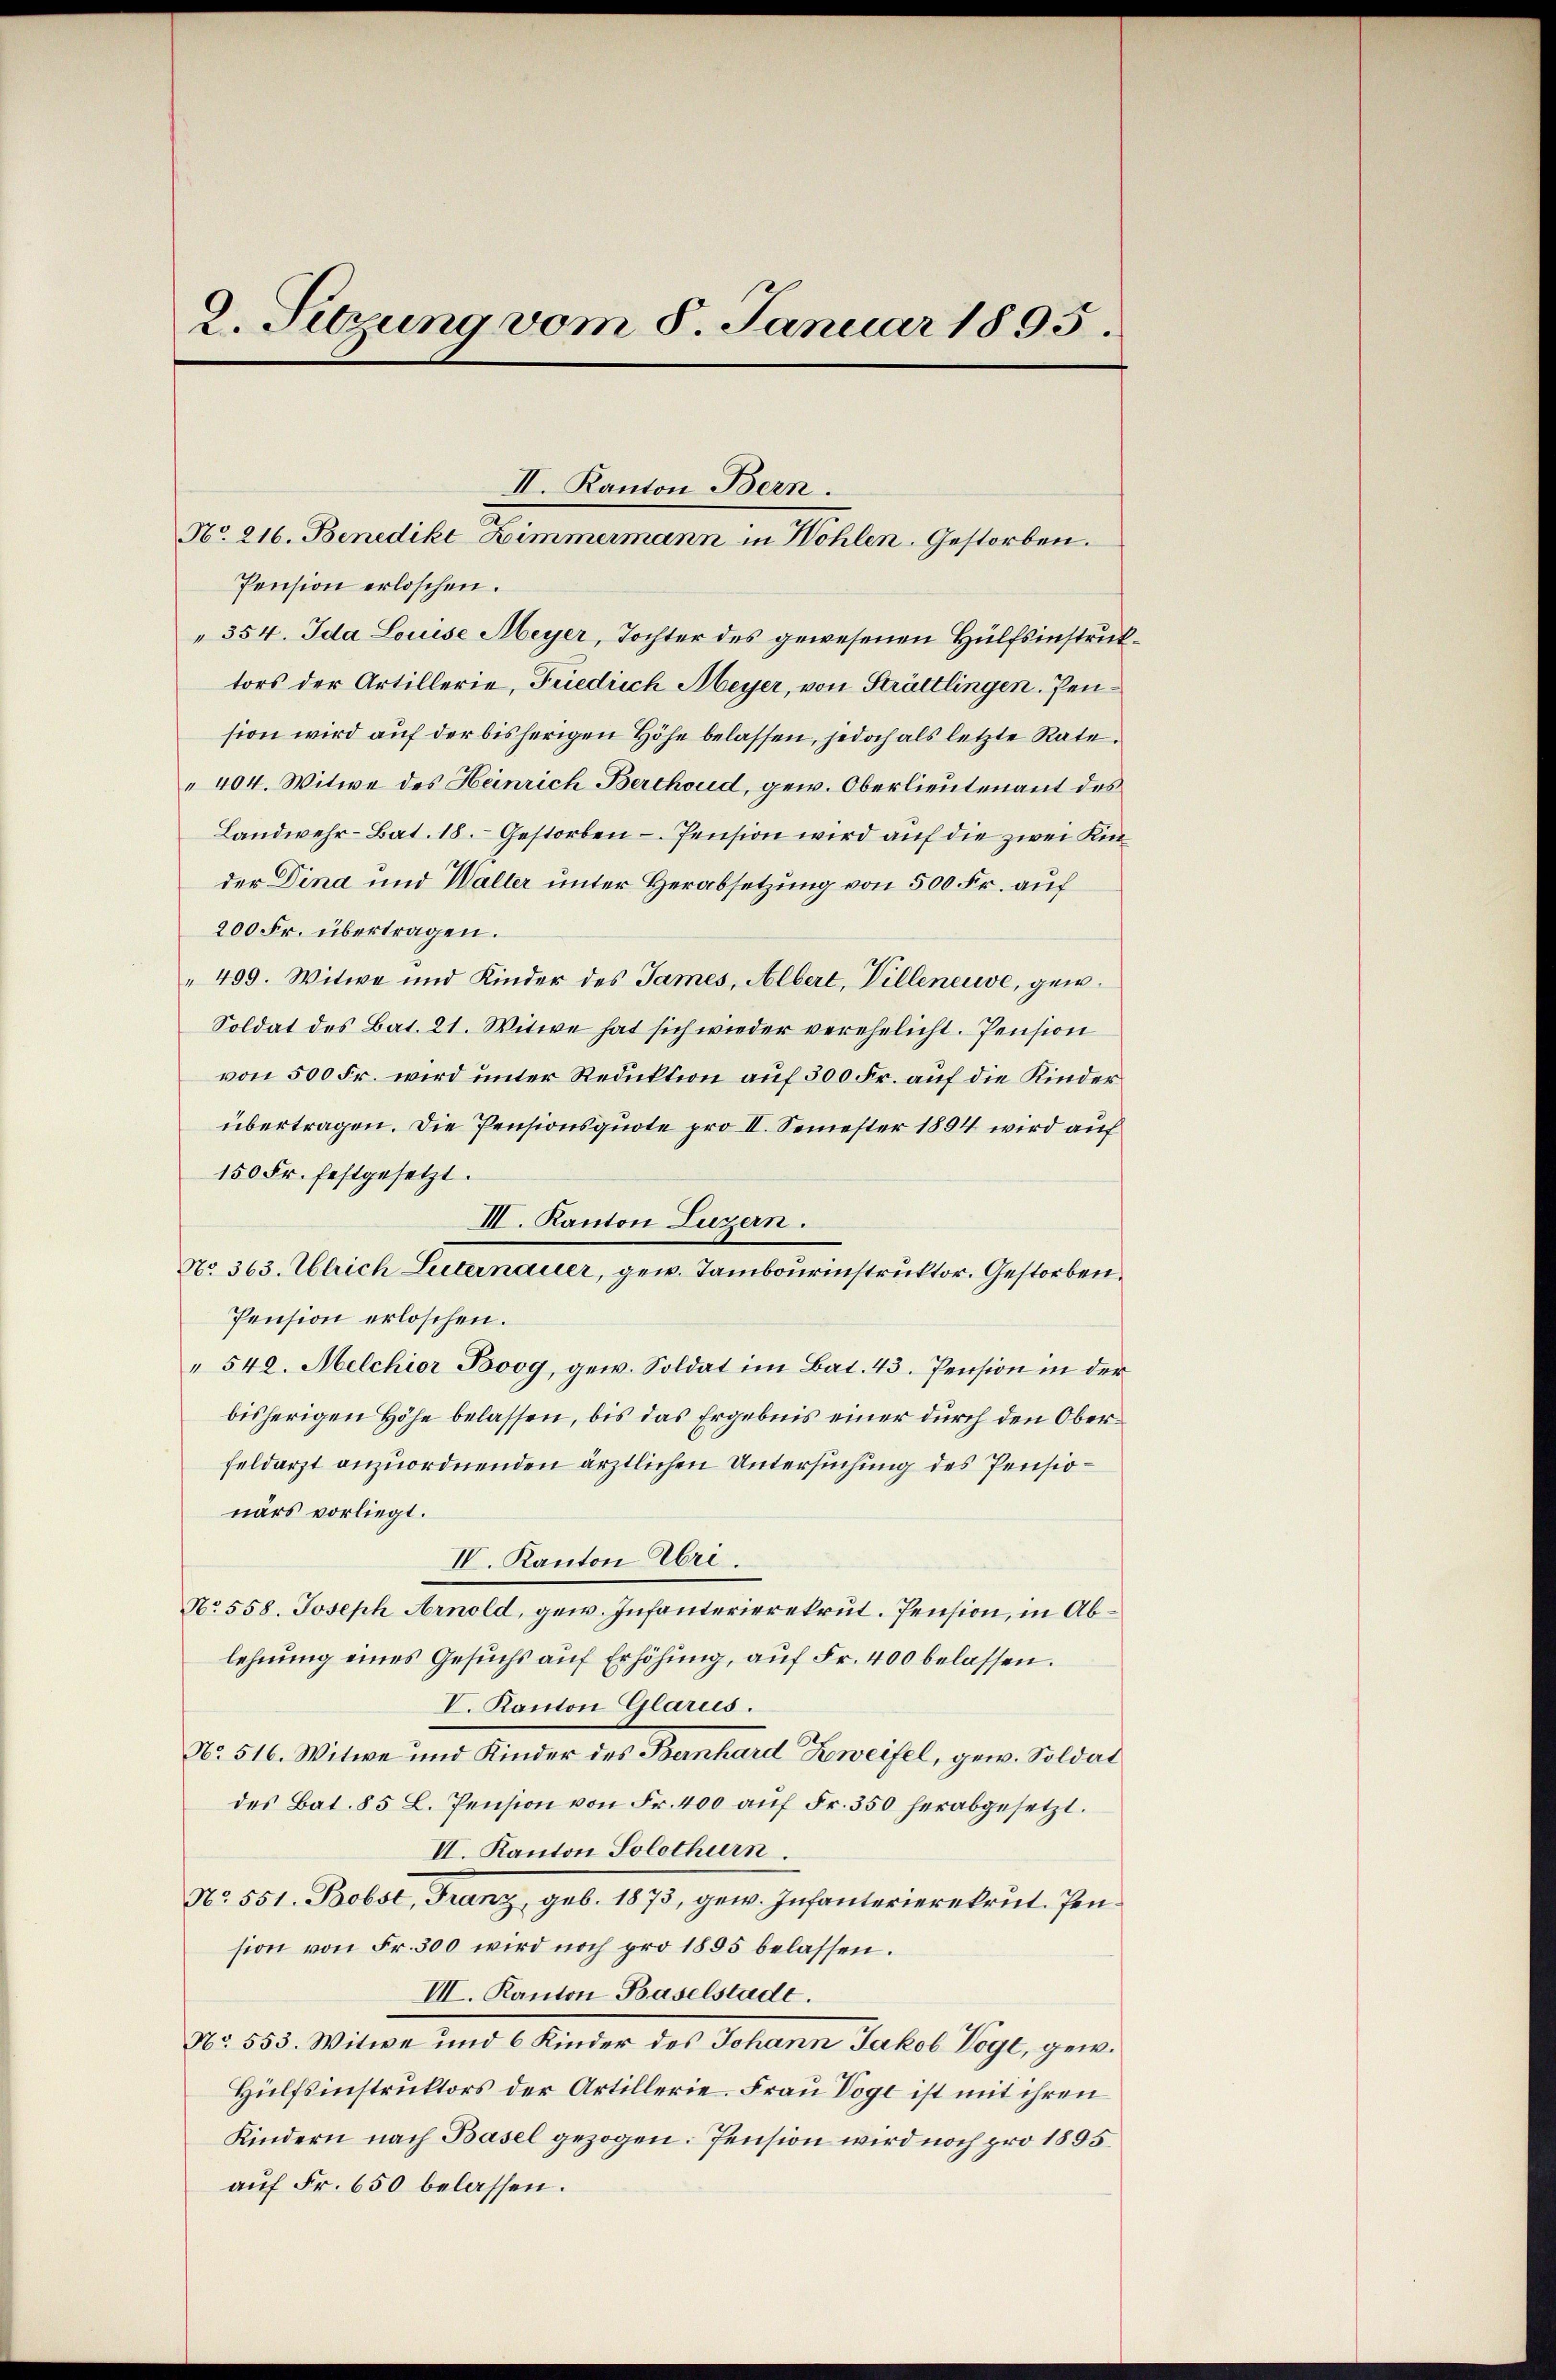
2. Sitzung vom 8. Januar 1895.

Pension erloschen.
354. Ida Louise Meyer, Tochter des gewesenen Hülfsinstruktors der Artillerie, Friedrich Meyer, von Strättlingen. Jension wird auf der bisherigen Höhe belassen, jedoch als letzte Rate.
"404. Witwe des Heinrich Berchoud, gew. Oberlieutenant des
Landwehr-Bat. 18. Gestorben - Pension wird auf die zwei Kinder Dina und Walter unter Herabsetzung von 500 Fr. auf
200 Fr. übertragen.
499. Witwe und Kinder des James, Albert, Villeneuve, gew
Soldat des Bat. 21. Witwe hat sich wieder verehelicht. Pension
von 500 Fr. wird unter Reduktion auf 300 Fr. auf die Kinder
übertragen. Die Pensionsquote pro II. Semester 1894 wird auf
150 Fr. festgesetzt.
III. Kanton Luzern.
Pension erloschen.
" 540. Melchior Boog, gew. Soldat im Bat. 43. Pension in der
bisherigen Höhe belassen, bis das Ergebnis einer durch den Oberfeldarzt anzuordnenden ärztlichen Untersuchung des Pensionärs vorliegt.
IV. Kanton Uri.
No. 558. Joseph Arnold, gew. Infanterierekrut. Pension, in Ablehnung eines Gesuchs auf Erhöhung, auf Fr. 400 belassen.
V. Kanton Glarus.
No 516. Witwe und Kinder des Bernhard Zweifel, gew. Soldat
des Bat. 85 L. Pension von Fr. 400 aŭf Fr. 350 herabgesetzt.
II. Kanton Solothurn.
No. 551. Bobst, Franz, geb. 1875, gew. Infanterierekrut. Pension von Fr. 300 wird noch pro 1855 belassen.
VII. Kanton Baselstadt.
No. 553. Witwe und 6 Kinder des Johann Jakob Vogt, gew.
Hülfsinstruktors der Artillerie. Frau Voge ist mit ihren
Kindern nach Basel gezogen. Pension wird noch pro 1895.
auf Fr. 650 belassen.

II. Kanton Bern.
No. 216. Benedikt Zimmermann in Wohlen. Gestorben.

No 363. Ulrich Liternauer, gew. Tambourinstruktor. Gestorben.